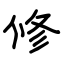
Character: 修